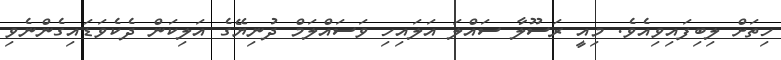
ހިތަށް ލިބިފައިވިއެވެ. މިއީ ރަސޫލާ ސައްލަ އަލައިހި ވަސައްލަމް ދުނިޔޭގެ އަލިކަން ދެކެވަޑައިގެންނެވި